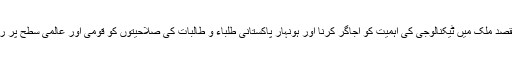
اس کانفرنس کا مقصد ملک میں ٹیکنالوجی کی اہمیت کو اجاگر کرنا اور ہونہار پاکستانی طلباء و طالبات کی صلاحیتوں کو قومی اور عالمی سطح پر روشناس کرانا ہے۔